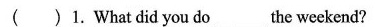
( )1. What did you do___the weekend?